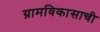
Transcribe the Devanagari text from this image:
ग्रामविकासाची